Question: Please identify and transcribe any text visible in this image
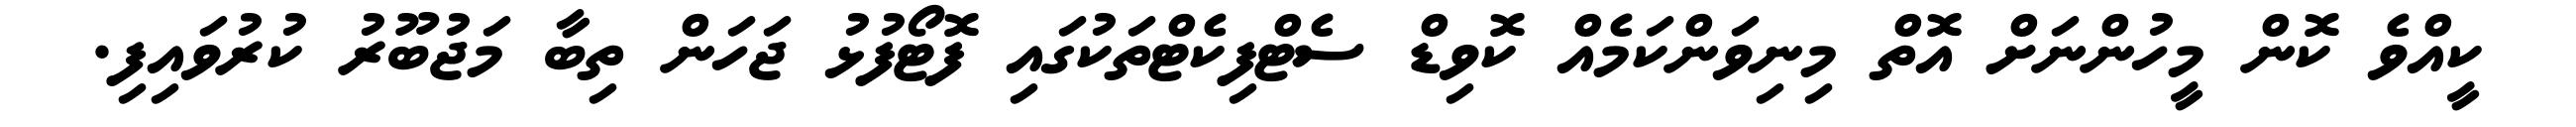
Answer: ކީއްވެ ކޮން މީހުންނަށް އޮތް މިނިވަންކަމެއް ކޮވިޑް ސެޓްފިކެޓްތަކުގައި ފޮޓޯފުޅު ޖަހަން ތިބާ މަޖުބޫރު ކުރުވައިފި.